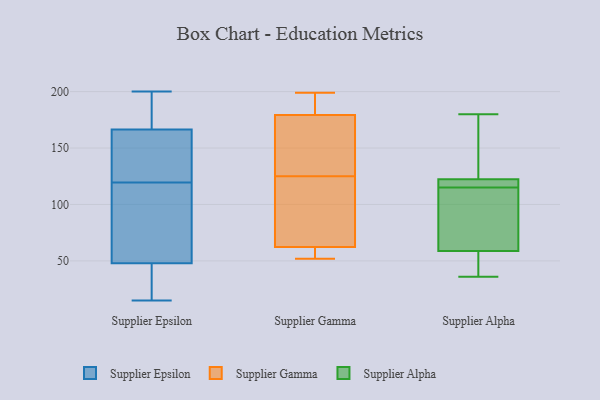
{"axis": {"x": "Tickets Resolved", "y": "Value"}, "legend": ["Supplier Alpha", "Supplier Epsilon", "Supplier Gamma"], "data": [{"x": "", "y": 41, "type": "Supplier Epsilon"}, {"x": "", "y": 15, "type": "Supplier Epsilon"}, {"x": "", "y": 144, "type": "Supplier Epsilon"}, {"x": "", "y": 25, "type": "Supplier Epsilon"}, {"x": "", "y": 75, "type": "Supplier Epsilon"}, {"x": "", "y": 60, "type": "Supplier Epsilon"}, {"x": "", "y": 192, "type": "Supplier Epsilon"}, {"x": "", "y": 80, "type": "Supplier Epsilon"}, {"x": "", "y": 27, "type": "Supplier Epsilon"}, {"x": "", "y": 158, "type": "Supplier Epsilon"}, {"x": "", "y": 102, "type": "Supplier Epsilon"}, {"x": "", "y": 200, "type": "Supplier Epsilon"}, {"x": "", "y": 138, "type": "Supplier Epsilon"}, {"x": "", "y": 137, "type": "Supplier Epsilon"}, {"x": "", "y": 21, "type": "Supplier Epsilon"}, {"x": "", "y": 184, "type": "Supplier Epsilon"}, {"x": "", "y": 55, "type": "Supplier Epsilon"}, {"x": "", "y": 175, "type": "Supplier Epsilon"}, {"x": "", "y": 139, "type": "Supplier Epsilon"}, {"x": "", "y": 196, "type": "Supplier Epsilon"}, {"x": "", "y": 125, "type": "Supplier Gamma"}, {"x": "", "y": 168, "type": "Supplier Gamma"}, {"x": "", "y": 199, "type": "Supplier Gamma"}, {"x": "", "y": 62, "type": "Supplier Gamma"}, {"x": "", "y": 151, "type": "Supplier Gamma"}, {"x": "", "y": 197, "type": "Supplier Gamma"}, {"x": "", "y": 161, "type": "Supplier Gamma"}, {"x": "", "y": 69, "type": "Supplier Gamma"}, {"x": "", "y": 183, "type": "Supplier Gamma"}, {"x": "", "y": 62, "type": "Supplier Gamma"}, {"x": "", "y": 195, "type": "Supplier Gamma"}, {"x": "", "y": 52, "type": "Supplier Gamma"}, {"x": "", "y": 58, "type": "Supplier Gamma"}, {"x": "", "y": 63, "type": "Supplier Gamma"}, {"x": "", "y": 90, "type": "Supplier Gamma"}, {"x": "", "y": 36, "type": "Supplier Alpha"}, {"x": "", "y": 54, "type": "Supplier Alpha"}, {"x": "", "y": 91, "type": "Supplier Alpha"}, {"x": "", "y": 116, "type": "Supplier Alpha"}, {"x": "", "y": 41, "type": "Supplier Alpha"}, {"x": "", "y": 180, "type": "Supplier Alpha"}, {"x": "", "y": 115, "type": "Supplier Alpha"}, {"x": "", "y": 73, "type": "Supplier Alpha"}, {"x": "", "y": 128, "type": "Supplier Alpha"}, {"x": "", "y": 123, "type": "Supplier Alpha"}, {"x": "", "y": 120, "type": "Supplier Alpha"}]}